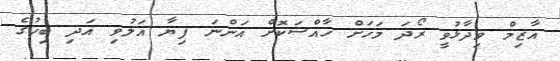
އާޒިމް ވިދާޅުވީ ރޯދަ މަހަށް ހާއްސަކޮށް އަންނަ ފިޔާ އަލުވި އަދި ބިހުގެ